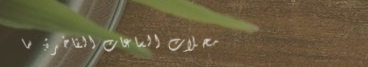
محلات الساعات الفاخرة: سا